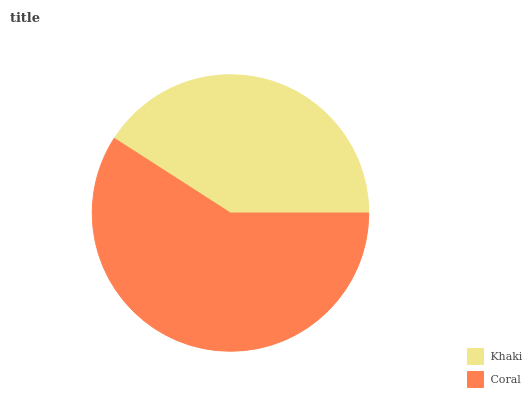
| Khaki | Coral |
 | --- | --- |
 | 40.9% | 59.1% |